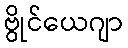
ဗွိုင်ယေဂျာ